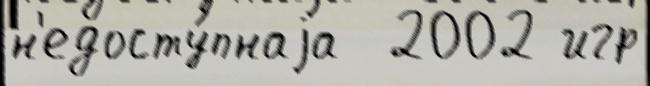
н'едосту́пнаjа  2002 игр